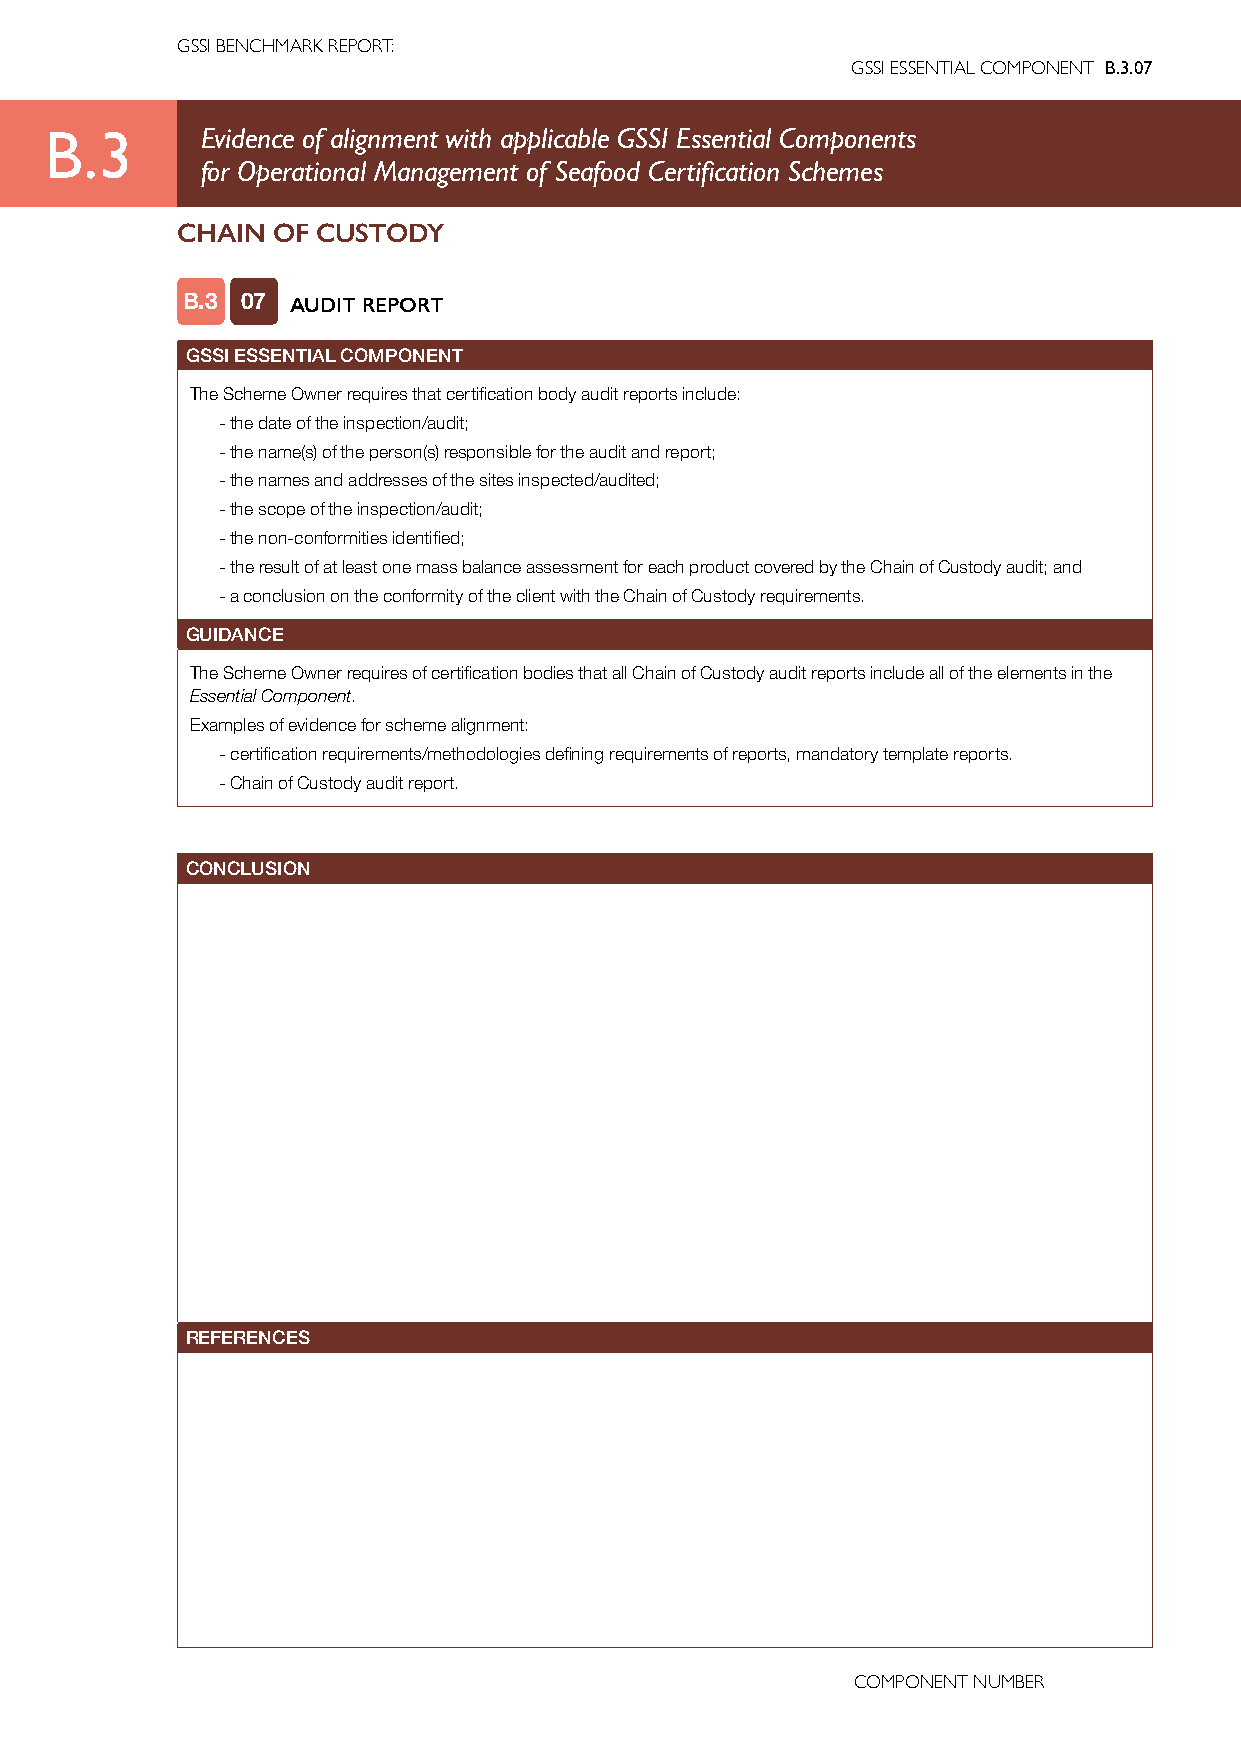
GSSI BENCHMARK REPORT:
 GSSI ESSENTIAL COMPONENT B.3.07
 B.3       Evidence of alignment with applicable GSSI Essential Components
 for Operational Management of Seafood Certification Schemes
 CHAIN OF CUSTODY
 B.3 07 AUDIT REPORT
 GSSI ESSENTIAL COMPONENT
 The Scheme Owner requires that certification body audit reports include:
 - the date of the inspection/audit;
 - the name(s) of the person(s) responsible for the audit and report;
 - the names and addresses of the sites inspected/audited;
 - the scope of the inspection/audit;
 - the non-conformities identified;
 - the result of at least one mass balance assessment for each product covered by the Chain of Custody audit; and
 - a conclusion on the conformity of the client with the Chain of Custody requirements.
 GUIDANCE
 The Scheme Owner requires of certification bodies that all Chain of Custody audit reports include all of the elements in the
 Essential Component.
 Examples of evidence for scheme alignment:
 - certification requirements/methodologies defining requirements of reports, mandatory template reports.
 - Chain of Custody audit report.
 CONCLUSION
 REFERENCES
 COMPONENT NUMBER